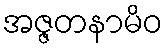
အဇ္ဇတနာမိဝ